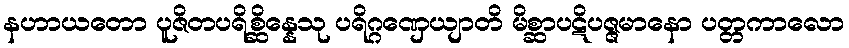
နဟာယတော ပူဇိတပရိစ္ဆိန္နေသု ပရိဂ္ဂဏှေယျာတိ မိစ္ဆာပဋိပဇ္ဇမာနော ပတ္တကာလော